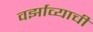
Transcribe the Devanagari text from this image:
वर्झाव्याची